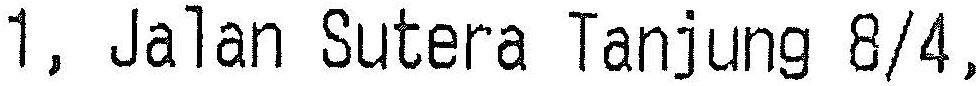
1, JALAN SUTERA TANJUNG 8/4,